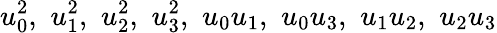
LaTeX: u_{0}^{2},\, \, u_{1}^{2},\, \, u_{2}^{2},\, \, u_{3}^{2},\, \, u_{0}u_{1},\, \, u_{0}u_{3},\, \, u_{1}u_{2},\, \, u_{2}u_{3}